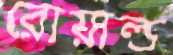
রোয়াল্ড